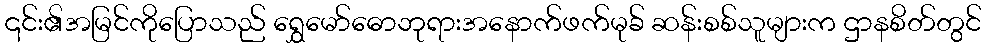
၎င်း၏အမြင်ကိုပြောသည် ရွှေမော်ဓောဘုရားအနောက်ဖက်မုခ် ဆန်းစစ်သူများက ဌာနစိတ်တွင်